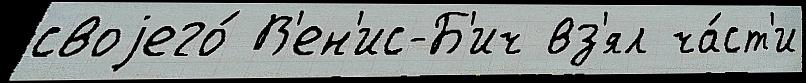
своjего́ В'ен'ис-Б'ич вз'ял ча́ст'и